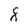
Character: 8